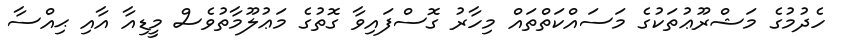
ހެދުމުގެ މަޝްރޫޢުތަކުގެ މަސައްކަތްތައް މިހާރު ގޮސްފައިވާ ގޮތުގެ މަޢުލޫމާތުވެސް މީޑިއާ އާއި ޙިއްސާ